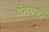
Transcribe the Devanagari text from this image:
वैरागकर